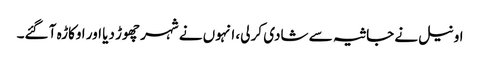
اونیل نے جاثیہ سے شادی کر لی، انہوں نے شہر چھوڑ دیا اور اوکاڑہ آ گئے۔